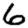
Digit: 6